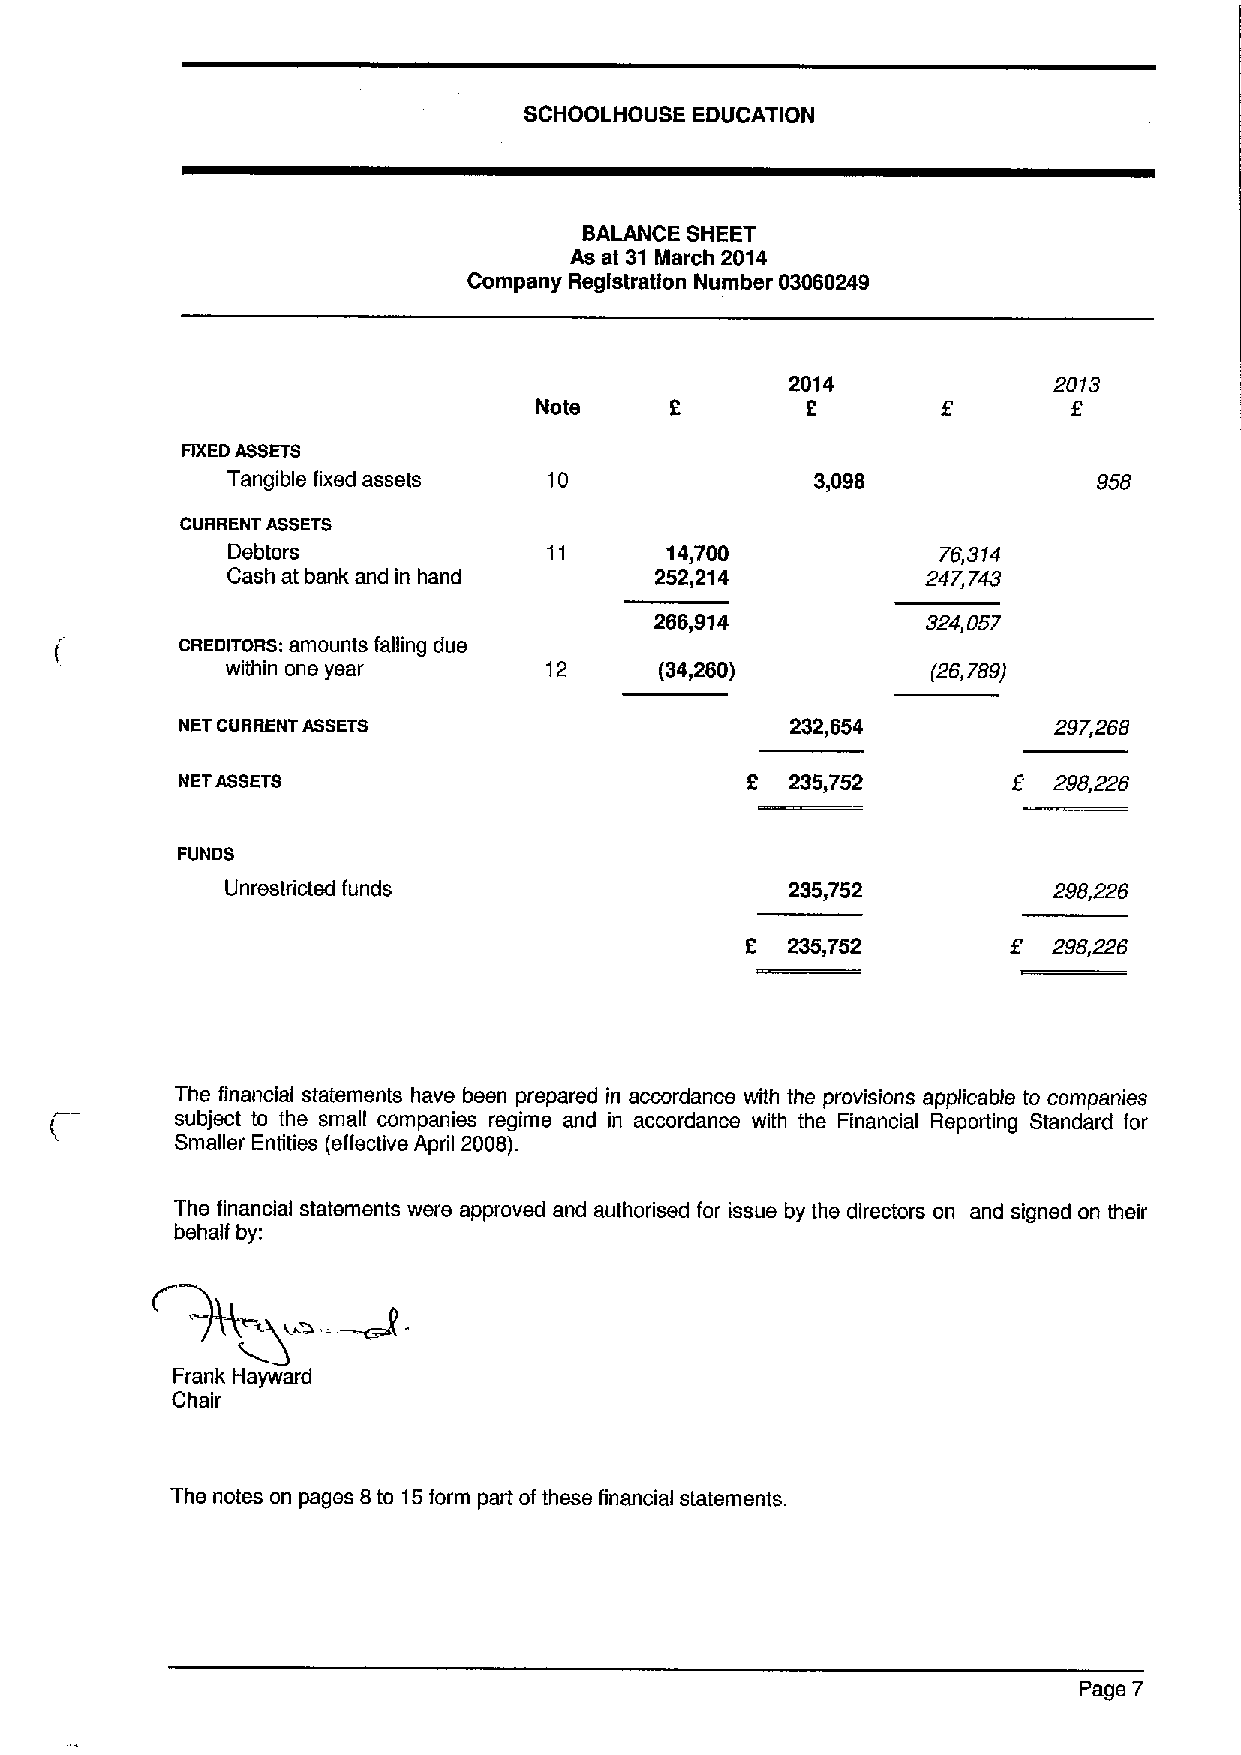
SCHOOLHOUSE EDUCATION
 BALANCE SHEET
 As at 31 March 2014
 Company Registration Number 03060249
 2014              20f3
 Note     2        2
 FIXEDASSETS
 Tangible fixed assets 10               3,098              958
 CURRENT ASSETS
 Debtors                      14,700            76,314
 Cash at bank and in hand    252,214           247,743
 266,914           324,057
 GREDIToRs: amounts falling due
 within one year      12      (34,260)          (26,789)
 NET CURRENT ASSETS                      232,654           297,268
 f
 NETASSETS                            2  235,752           298,226
 FUNDS
 Unrestricted funds                   235,752           298,226
 f
 2  235,752           298,226
 The financial statements have been prepared in accordance with the provisions applicable to companies
 subject to the small companies regime and in accordance with the Financial Reporting Standard for
 Smaller Entities (effective April 2008).
 The financial statements were approved and authorised for issue by the directors on and signed on their
 behalf by:
 Frank Hayward
 Chair
 The notes on pages 8to 15form part ofthese financial statements.
 Page 7